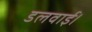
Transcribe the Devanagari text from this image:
डलवाई।